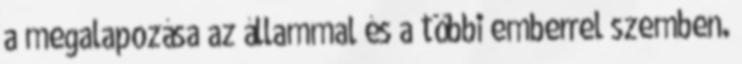
a megalapozása az állammal és a többi emberrel szemben.